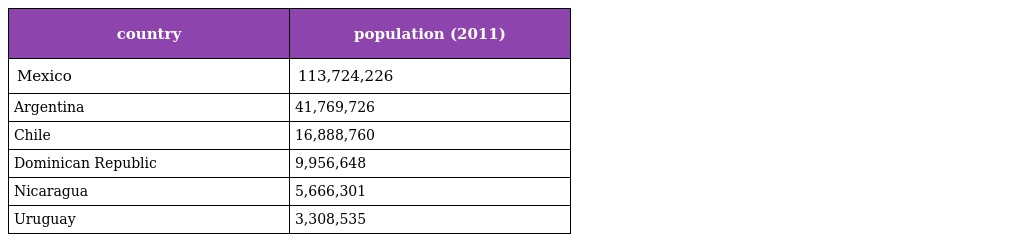
| country | population (2011) |
 | --- | --- |
 | Mexico | 113,724,226 |
 | Argentina | 41,769,726 |
 | Chile | 16,888,760 |
 | Dominican Republic | 9,956,648 |
 | Nicaragua | 5,666,301 |
 | Uruguay | 3,308,535 |